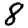
Digit: 8